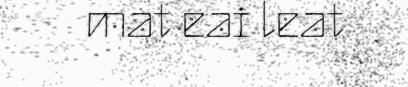
mat eai leat